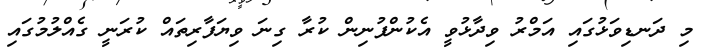
މި ދަނޑިވަޅުގައި އަމްރު ވިދާޅުވީ އެކުންފުނިން ކުރާ ގިނަ ވިޔަފާރިތައް ކުރަނީ ގެއްލުމުގައި